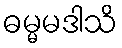
ဓမ္မမဒါသိ